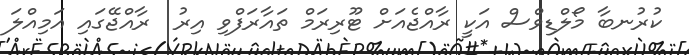
ކުރުނބާ މޯލްޑިވްސް އަކީ ރާއްޖެއަށް ޓޫރިރަމް ތައާރަފްވި އިރު  ރާއްޖޭގައި އަމިއްލަ